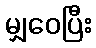
မျှဝေပြီး